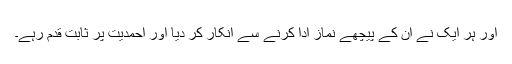
اور ہر ایک نے اُن کے پیچھے نماز ادا کرنے سے انکار کر دیا اور احمدیت پر ثابت قدم رہے۔